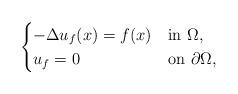
LaTeX: \begin{align*}\begin{cases} -\Delta u_f(x) = f (x) & \mbox{in } \Omega, \\ u_f=0 & \mbox{on } \partial\Omega, \end{cases}\end{align*}